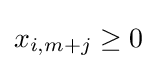
x_{i,m+j}\geq 0